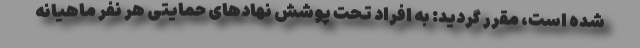
شده است، مقرر گردید: به افراد تحت پوشش نهادهای حمایتی هر نفر ماهیانه